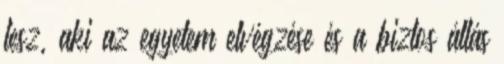
lesz, aki az egyetem elvégzése és a biztos állás